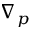
\nabla _ { p }